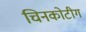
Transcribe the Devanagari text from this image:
चिनकोटीग